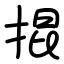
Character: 掍